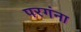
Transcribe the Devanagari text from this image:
परगंना